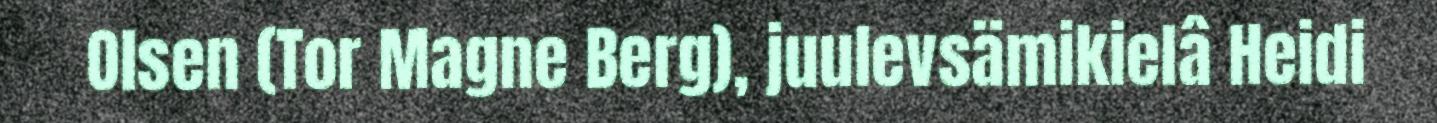
Olsen (Tor Magne Berg), juulevsämikielâ Heidi